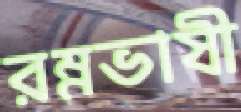
রম্নভাষী